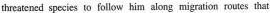
threatened species to follow him along migration routes that